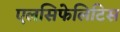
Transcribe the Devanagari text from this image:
एलसिफेलिटिस